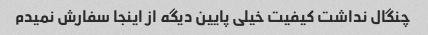
چنگال نداشت کیفیت خیلی پایین دیگه از اینجا سفارش نمیدم